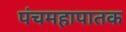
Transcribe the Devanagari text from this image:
पंचमहापातक